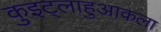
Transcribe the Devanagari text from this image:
कुइट्लाहुआकला